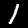
Digit: 1